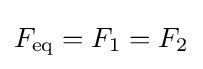
F_{\mathrm {eq} }=F_{1}=F_{2}